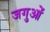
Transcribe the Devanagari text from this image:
जगुओं